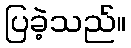
ပြခဲ့သည်။